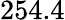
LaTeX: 254.4